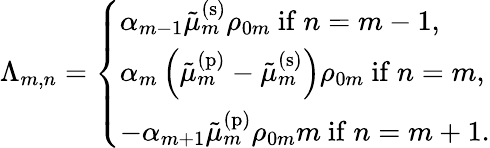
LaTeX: \Lambda_{m,n}=\left\{ \begin{array}{ll}{\alpha_{m-1}\tilde{\mu}_{m}^{\mathrm{(s)}}\rho_{0m}\mathrm{~if~}n=m-1,}\\ {\alpha_{m}\left(\tilde{\mu}_{m}^{\mathrm{(p)}}-\tilde{\mu}_{m}^{\mathrm{(s)}}\right)\rho_{0m}\mathrm{~if~}n=m,}\\ {-\alpha_{m+1}\tilde{\mu}_{m}^{\mathrm{(p)}}\rho_{0m}m\mathrm{~if~}n=m+1.}\end{array}\right.